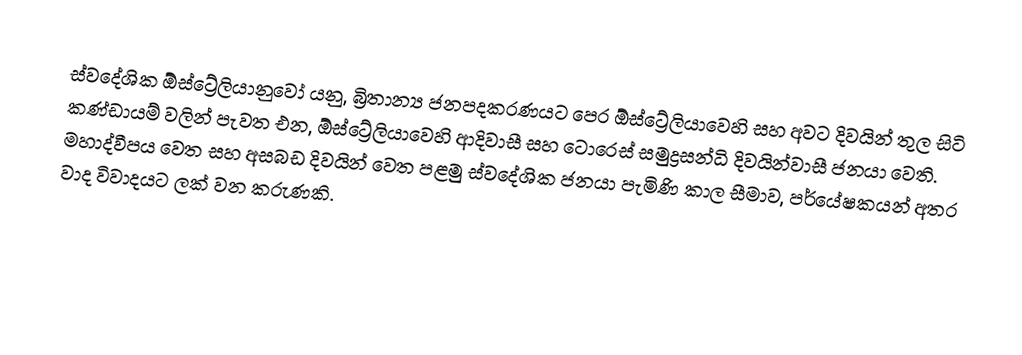
ස්වදේශික ඕස්ට්‍රේලියානුවෝ යනු,  බ්‍රිතාන්‍ය ජනපදකරණයට පෙර ඕස්ට්‍රේලියාවෙහි සහ අවට දිවයින් තුල සිටි කණ්ඩායම් වලින් පැවත එන,  ඕස්ට්‍රේලියාවෙහි ආදිවාසී සහ  ටොරෙස් සමුද්‍රසන්ධි දිවයින්වාසී ජනයා වෙති. මහාද්වීපය වෙත සහ අසබඩ දිවයින් වෙත පළමු ස්වදේශික ජනයා පැමිණි කාල සීමාව, පර්යේෂකයන් අතර වාද විවාදයට ලක් වන කරුණකි.